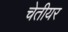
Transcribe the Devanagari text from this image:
चेतीयर